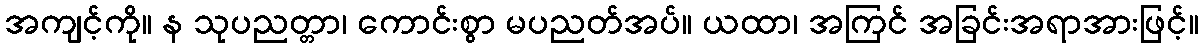
အကျင့်ကို။ န သုပညတ္တာ၊ ကောင်းစွာ မပညတ်အပ်။ ယထာ၊ အကြင် အခြင်းအရာအားဖြင့်။